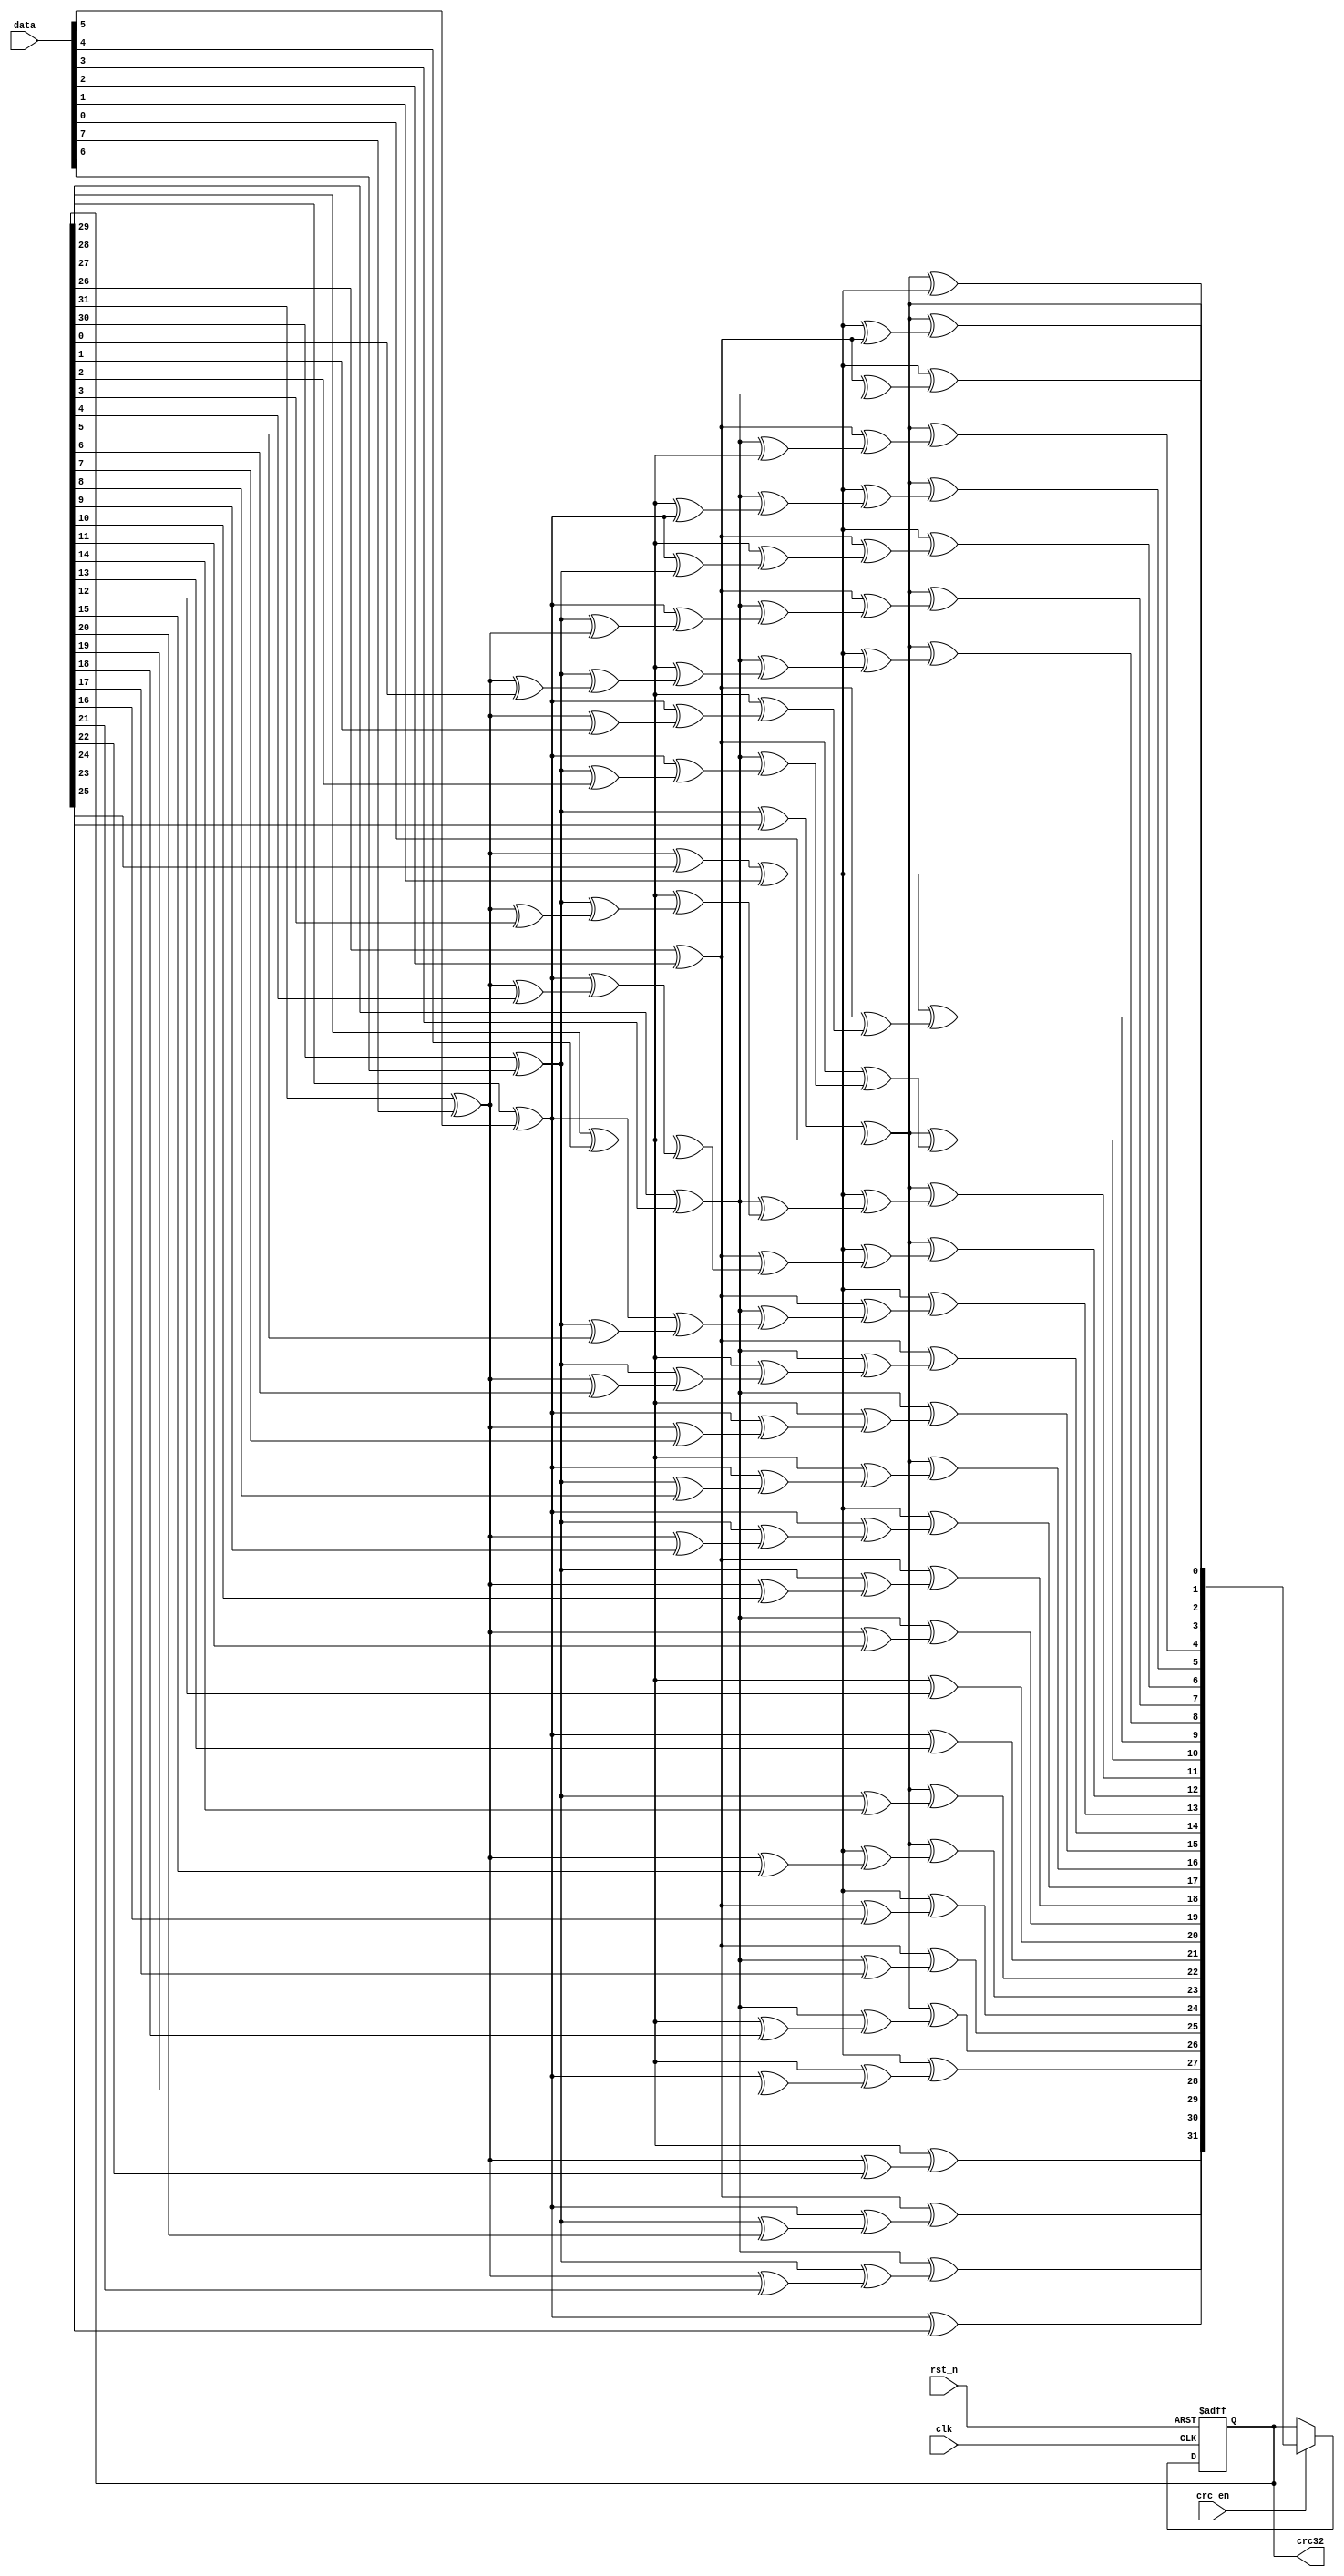
// This program was cloned from: https://github.com/RomeoMe5/DDLM
// License: MIT License

//                              -*- Mode: Verilog -*-
// Description : x^32+x^26+x^23+x^22+x^16+x^12+x^11+x^10+x^8+x^7+x^5+x^4+x^2+x^1+x^0
// Algorithm   : CRC-32 MPEG-2
// Polynomial  : 0x04C11DB7
// Init value  : 0xFFFFFFFF
// RefIn       : False
// RefOut      : False
// Checkout    : 0x376E6E7 

module crc32
(
 input             clk,
 input             rst_n,
 input [7:0]       data,
 input             crc_en,
 output reg [31:0] crc32
);
  always@(posedge clk or negedge rst_n)
    if(!rst_n)
      crc32 <= 32'hFFFFFFFF;
    else begin
      crc32 <= crc_en ? crc32_byte(crc32,data) : crc32;
      
    end
  function [31:0] crc32_bit;
    input [31:0]   crc;
    input          data;
    begin
      crc32_bit      = crc << 1;
      crc32_bit[0]   = crc[31] ^ data;
      crc32_bit[1]   = crc[31] ^ data ^ crc[0];
      crc32_bit[2]   = crc[31] ^ data ^ crc[1];
      crc32_bit[4]   = crc[31] ^ data ^ crc[3];
      crc32_bit[5]   = crc[31] ^ data ^ crc[4];
      crc32_bit[7]   = crc[31] ^ data ^ crc[6];
      crc32_bit[8]   = crc[31] ^ data ^ crc[7];
      crc32_bit[10]  = crc[31] ^ data ^ crc[9];
      crc32_bit[11]  = crc[31] ^ data ^ crc[10];
      crc32_bit[12]  = crc[31] ^ data ^ crc[11];
      crc32_bit[16]  = crc[31] ^ data ^ crc[15];
      crc32_bit[22]  = crc[31] ^ data ^ crc[21];
      crc32_bit[23]  = crc[31] ^ data ^ crc[22];
      crc32_bit[26]  = crc[31] ^ data ^ crc[25];
    end
  endfunction // crc32_bit

  function [31:0] crc32_byte;
    input [31:0] crc;
    input [7:0]  data;
    integer      i;
    begin
      crc32_byte = crc;
      for(i=0;i<8;i=i+1)begin
        crc32_byte = crc32_bit(crc32_byte,data[7-i]);
      end
    end
  endfunction // crc32_byte
  
endmodule // crc32